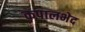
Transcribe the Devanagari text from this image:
कपालभेद